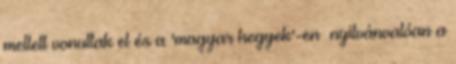
mellett vonultak el és a 'magyar hegyek'-en nyilvánvalóan a